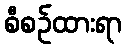
စီစဉ်ထားရာ